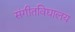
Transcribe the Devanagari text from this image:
संगीतविद्यालय